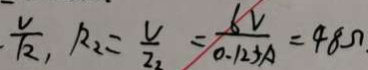
\frac { V } { 1 2 } , R _ { 2 } = \frac { U } { 2 } = \frac { 6 v } { 0 . 1 2 5 A } = 4 8 \Omega